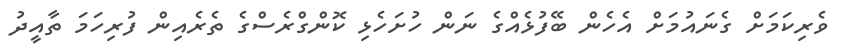
ވެެރިކަމަށް ގެނައުމަށް އެހެން ބޭފުޅެއްގެ ނަން ހުށަހެޅި ކޮންގްރެސްގެ ތެރެއިން ފުރިހަމަ ތާއީދު